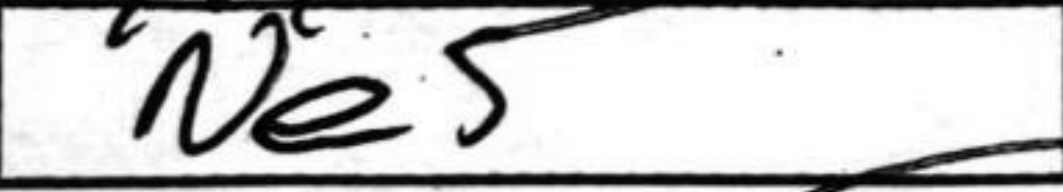
Transcription: Ne5